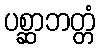
ပစ္ဆာဘတ္တံ